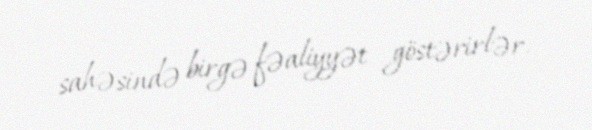
sahəsində birgə fəaliyyət göstərirlər.